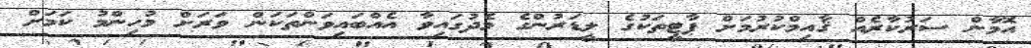
އޮމާން ސަރުކާރެއް ޤާއިމްކުރުމަށް ޕާޓީތަކުގެ ލީޑަރުންގެ މެދުގައިވާ އެއްބައިވަންތަކަން ވަރަށް މުހިންމު ކަމަށް